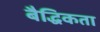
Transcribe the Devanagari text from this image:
बैद्धिकता